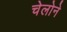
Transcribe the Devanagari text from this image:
चेलोने